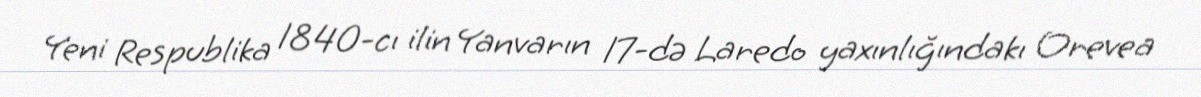
Yeni Respublika 1840-cı ilin Yanvarın 17-də Laredo yaxınlığındakı Orevea